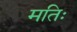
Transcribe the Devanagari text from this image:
मतिः